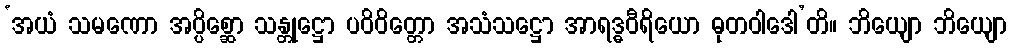
‘အယံ သမဏော အပ္ပိစ္ဆော သန္တုဋ္ဌော ပဝိဝိတ္တော အသံသဋ္ဌော အာရဒ္ဓဝီရိယော ဓုတဝါဒေါ’တိ။ ဘိယျော ဘိယျော